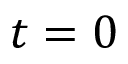
t = 0